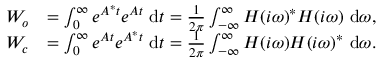
\begin{array} { r l } { \b { W _ { o } } } & { = \int _ { 0 } ^ { \infty } e ^ { \b { A } ^ { * } t } e ^ { \b { A } t } ~ \mathrm { d } t = \frac { 1 } { 2 \pi } \int _ { - \infty } ^ { \infty } \b { H } ( i \omega ) ^ { * } \b { H } ( i \omega ) ~ \mathrm { d } \omega , } \\ { \b { W _ { c } } } & { = \int _ { 0 } ^ { \infty } e ^ { \b { A } t } e ^ { \b { A } ^ { * } t } ~ \mathrm { d } t = \frac { 1 } { 2 \pi } \int _ { - \infty } ^ { \infty } \b { H } ( i \omega ) \b { H } ( i \omega ) ^ { * } ~ \mathrm { d } \omega . } \end{array}